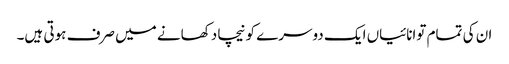
ان کی تمام توانائیاں ایک دوسرے کو نیچا دکھانے میں صرف ہوتی ہیں۔